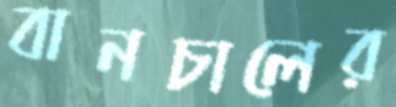
বানচালের